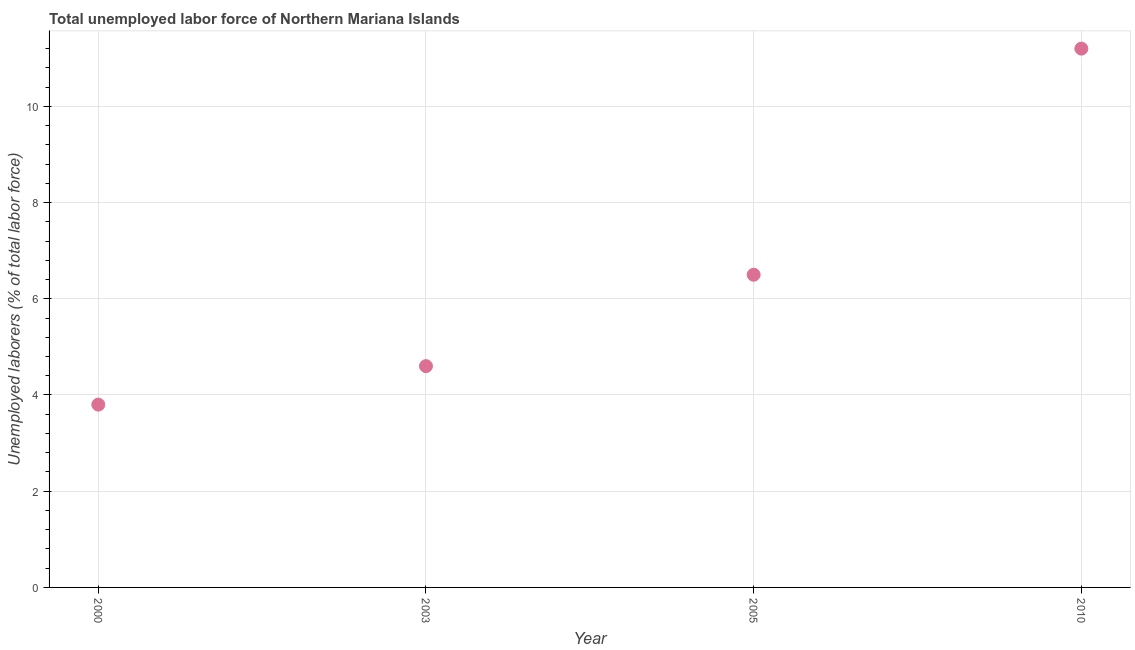
| Year | Unemployment total |
 | --- | --- |
 | 2000 | 3.8 |
 | 2003 | 4.6 |
 | 2005 | 6.5 |
 | 2010 | 11.2 |